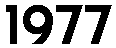
1977